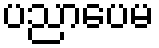
ပညာပေမ